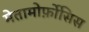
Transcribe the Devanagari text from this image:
मेतामोर्फ़ोसिस